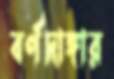
বর্ণদাঙ্গার